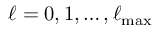
\ell = 0 , 1 , \dots , \ell _ { \mathrm { m a x } }